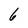
Character: 6